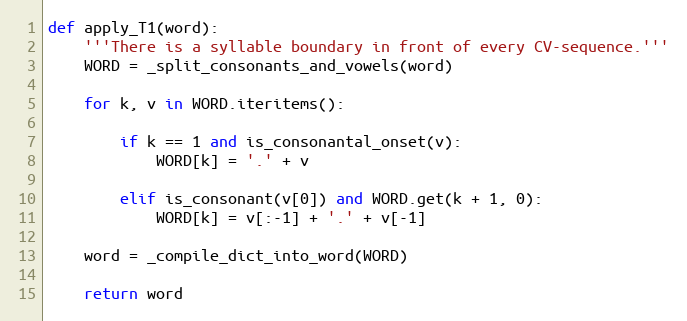
Language: Python
def apply_T1(word):
    '''There is a syllable boundary in front of every CV-sequence.'''
    WORD = _split_consonants_and_vowels(word)

    for k, v in WORD.iteritems():

        if k == 1 and is_consonantal_onset(v):
            WORD[k] = '.' + v

        elif is_consonant(v[0]) and WORD.get(k + 1, 0):
            WORD[k] = v[:-1] + '.' + v[-1]

    word = _compile_dict_into_word(WORD)

    return word